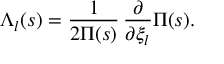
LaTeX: \Lambda _ { l } ( s ) = { \frac { 1 } { 2 \Pi ( s ) } } \, { \frac { \partial } { \partial \xi _ { l } } } \Pi ( s ) .